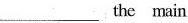
___the main